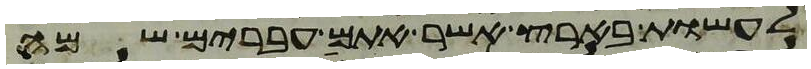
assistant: לעשות בארץ אשר אתם עברים שמה